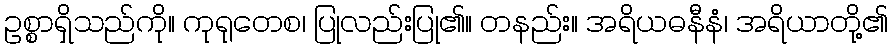
ဥစ္စာရှိသည်ကို။ ကုရုတေစ၊ ပြုလည်းပြု၏။ တနည်း။ အရိယဓနီနံ၊ အရိယာတို့၏